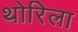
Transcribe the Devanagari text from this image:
थोरिला